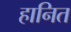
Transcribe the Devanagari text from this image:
हानित